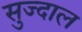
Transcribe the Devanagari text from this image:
सुज्दाल